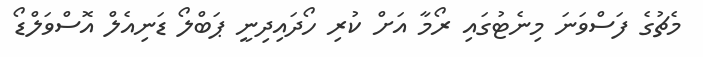
މެޗުގެ ފަސްވަނަ މިނެޓުގައި ރޯމާ އަށް ކުރި ހޯދައިދިނީ ޕަބްލޯ ޑަނިއެލް އޮސްވަލްޑޯ